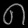
Digit: ၈